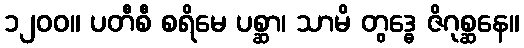
၁၂၀၀။ ပတီစီ စရိမေ ပစ္ဆာ၊ သာမိ တွဒ္ဓေ ဇိဂုစ္ဆနေ။